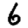
Digit: 6